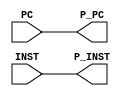
module IF_ID(INST, PC, P_INST, P_PC);

    input [31:0] INST;
    input [31:0] PC;
    output reg [31:0] P_INST;
    output reg [31:0] P_PC;

always @(INST or PC) begin
     P_INST <= INST;
     P_PC <= PC;
end



endmodule